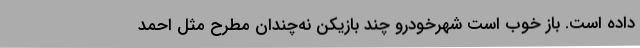
داده است. باز خوب است شهرخودرو چند بازیکن نه‌چندان مطرح مثل احمد